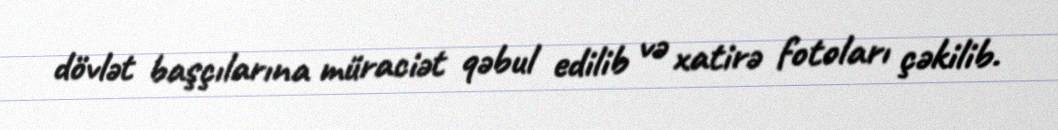
dövlət başçılarına müraciət qəbul edilib və xatirə fotoları çəkilib.